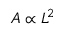
A \propto L ^ { 2 }